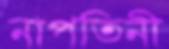
নাপতিনী